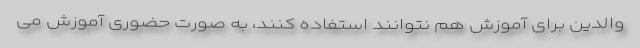
والدین برای آموزش هم نتوانند استفاده کنند، به صورت حضوری آموزش می